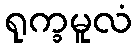
ရုက္ခမူလံ